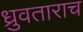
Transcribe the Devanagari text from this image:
ध्रुवताराच